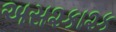
અસ૨કા૨ક